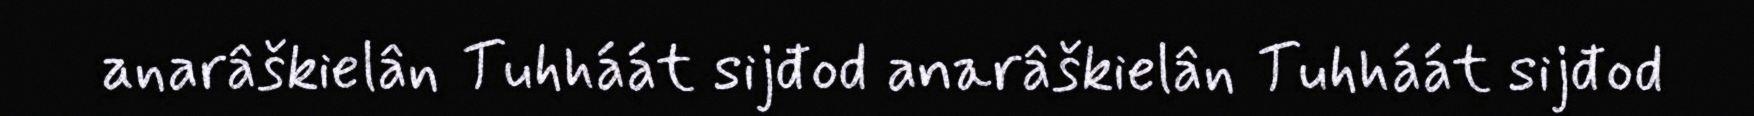
anarâškielân Tuhháát sijđod anarâškielân Tuhháát sijđod